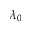
\lambda _ { 0 }